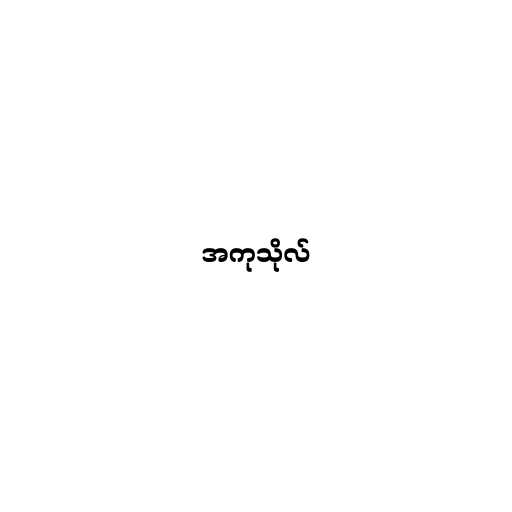
အကုသိုလ်